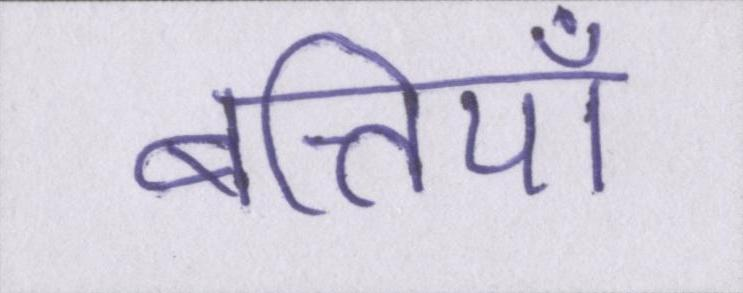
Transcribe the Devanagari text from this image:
बत्तियाँ